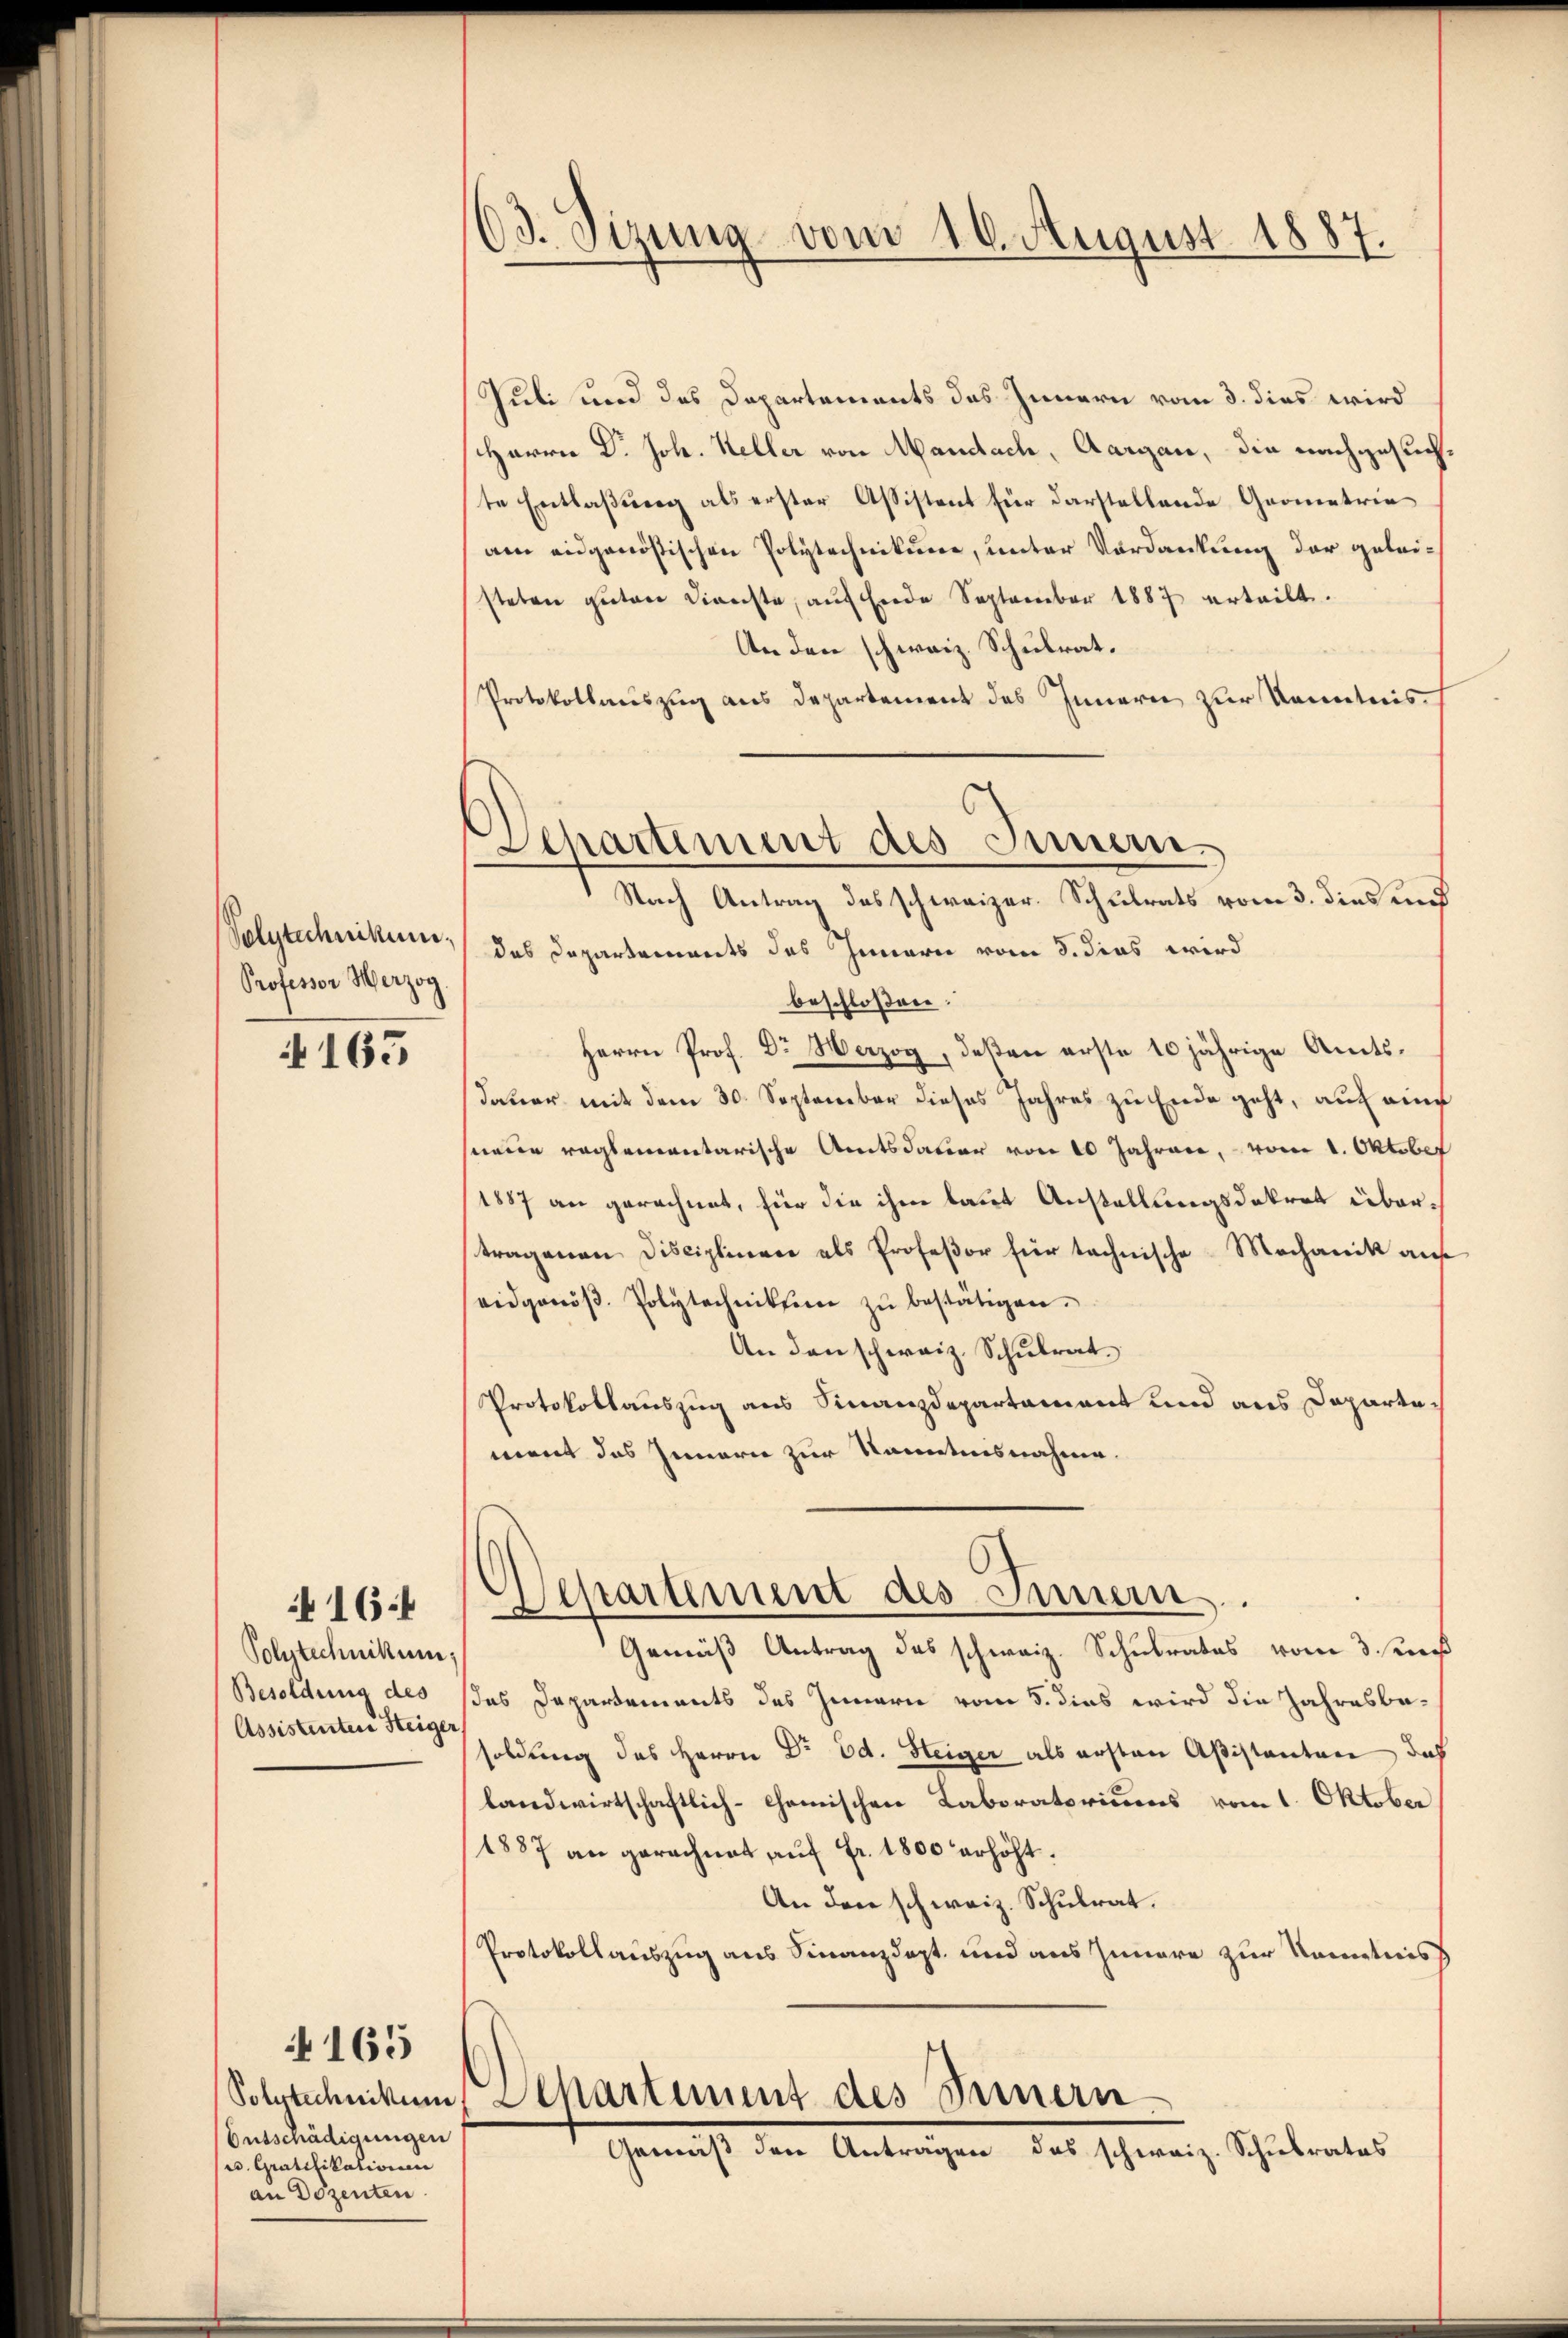
Professor Herzog

165

Polytechnikum.
Besoldung des
Assistenten Steiger

16:

4165

Entschädigungen
u. Gratifikationen
an Dozenten

63. Sizung vom 16. August 1887.

Separtement des Innern.
Nach Antrag des schweizer. Schulrats vom 3. dies und

Juli und des Departements das Innern vom 3. dies wird
Harrn Dr. Joh. Keller von Mandach, Aargare, die nachgesuch,
te Entlaßung als erster Assistent für darstellende Geometrie
am eidgenössischen Polytechnikum, unter Verdankung der geleisteten guten Dienste, aŭf Ende September 1887 erteilt.
An den schweiz. Schulrat.
Protokollauszug aus Departement des Innern zur Kenntnis
Polytechnikum, das Departements des Innern vom 5. dies wird
beschlossen.
Herrn Prof. Dr Herzog, deßen erste 10 jährige Amtsdauer mit dem 30. September dieses Jahres zu Ende geht, auf aine
sneur reglementarische Amtsdauer von 10 Jahren, vom 1. Oktober
1887 an gerechnet, für die ihm laut Anstellungsdekret übertragenen Disciplinen als Profeßor für technische Mochanik auf
eidgenöβ. Polytechniken zŭ bestätigen.
An den schweiz. Schulrat
Protokollauszug aus Finanzdepartament und aus Departe,
ment das Innern zur kanntnisnahme.
Departement des Innern.
Gemäß Antrag des schweiz. Schulrates vom 3. sen
das Departements des Innern vom 5. dies wird die Jahresbesoldung des Herrn Dr Ed. Steiger als ersten Aßistanten das
landwirtschaftlich-Chemischen Laboratoriums vom 1. Oktober
1887 an gerechnet auf Fr. 1800 erhöht.
An den schweiz. Schulrat.
Protokollauszug aus Finanzdept, und aus Innere zur Kenntnis
Solytechnikum, Departement des Innern
Gemäß den Anträgen das schweiz. Schulrates